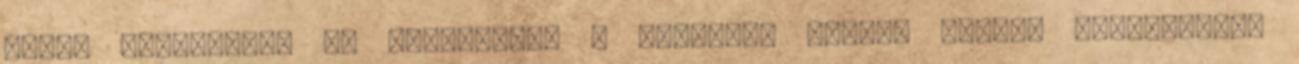
száz, szeretném, ha karakterem a senjutsu útjára lépne. Megpróbálom